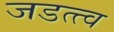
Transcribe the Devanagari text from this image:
जडत्त्व